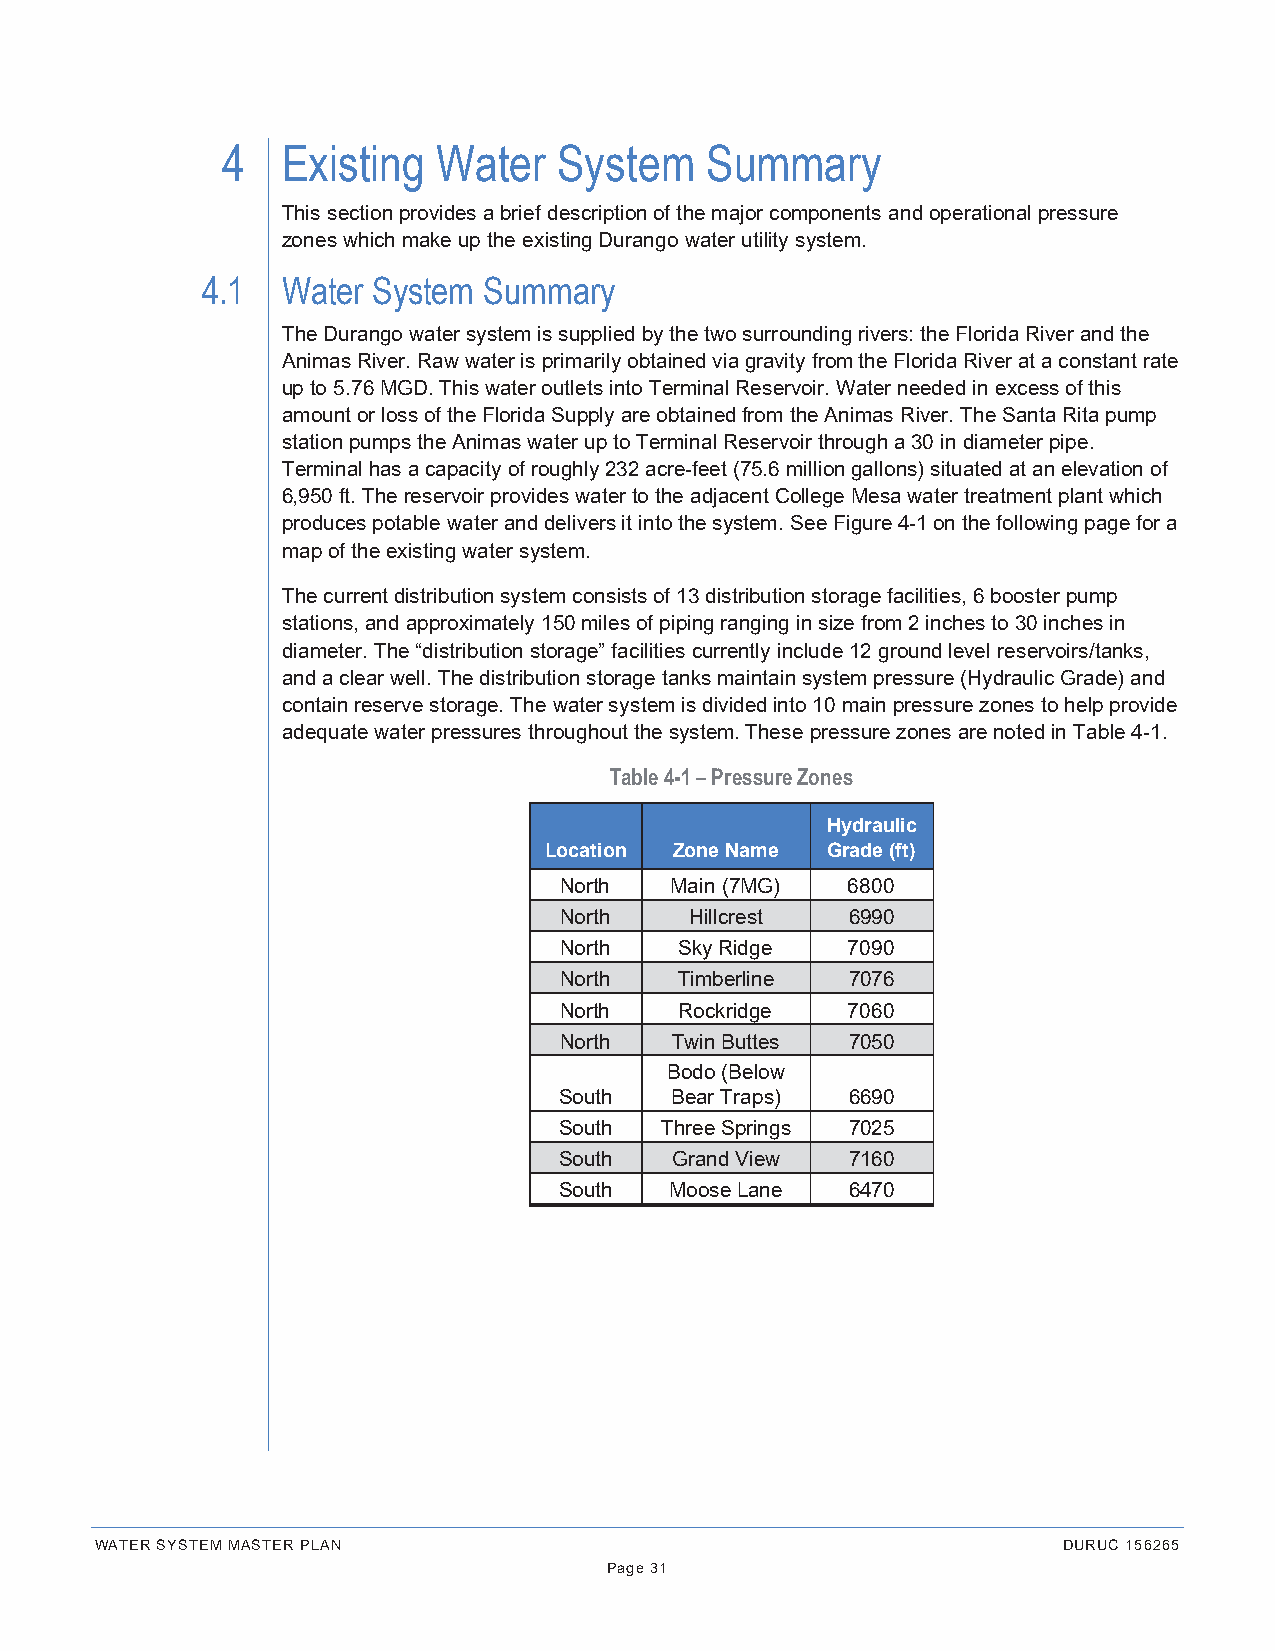
4   Existing  Water   System    Summary
 This section provides a brief description of the major components and operational pressure
 zones which make up the existing Durango water utility system.
 4.1   Water System Summary
 The Durango water system is supplied by the two surrounding rivers: the Florida River and the
 Animas River. Raw water is primarily obtained via gravity from the Florida River at a constant rate
 up to 5.76 MGD. This water outlets into Terminal Reservoir. Water needed in excess of this
 amount or loss of the Florida Supply are obtained from the Animas River. The Santa Rita pump
 station pumps the Animas water up to Terminal Reservoir through a 30 in diameter pipe.
 Terminal has a capacity of roughly 232 acre-feet (75.6 million gallons) situated at an elevation of
 6,950 ft. The reservoir provides water to the adjacent College Mesa water treatment plant which
 produces potable water and delivers it into the system. See Figure 4-1 on the following page for a
 map of the existing water system.
 The current distribution system consists of 13 distribution storage facilities, 6 booster pump
 stations, and approximately 150 miles of piping ranging in size from 2 inches to 30 inches in
 diameter. The “distribution storage” facilities currently include 12 ground level reservoirs/tanks,
 and a clear well. The distribution storage tanks maintain system pressure (Hydraulic Grade) and
 contain reserve storage. The water system is divided into 10 main pressure zones to help provide
 adequate water pressures throughout the system. These pressure zones are noted in Table 4-1.
 Table 4-1 – Pressure Zones
 Hydraulic
 Location Zone Name Grade (ft)
 North  Main (7MG)  6800
 North    Hillcrest 6990
 North   Sky Ridge  7090
 North   Timberline 7076
 North   Rockridge  7060
 North  Twin Buttes 7050
 Bodo (Below
 South  Bear Traps) 6690
 South  Three Springs 7025
 South  Grand View  7160
 South  Moose Lane  6470
 WATER SYSTEM MASTER PLAN                                        DURUC 156265
 Page 31